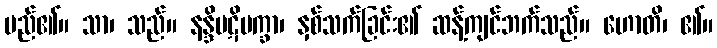
မည်၏။ သာ၊ သည်။ နန္ဒိပဋိပက္ခာ၊ နှစ်သက်ခြင်း၏ ဆန့်ကျင်ဘက်သည်။ ဟောတိ၊ ၏။